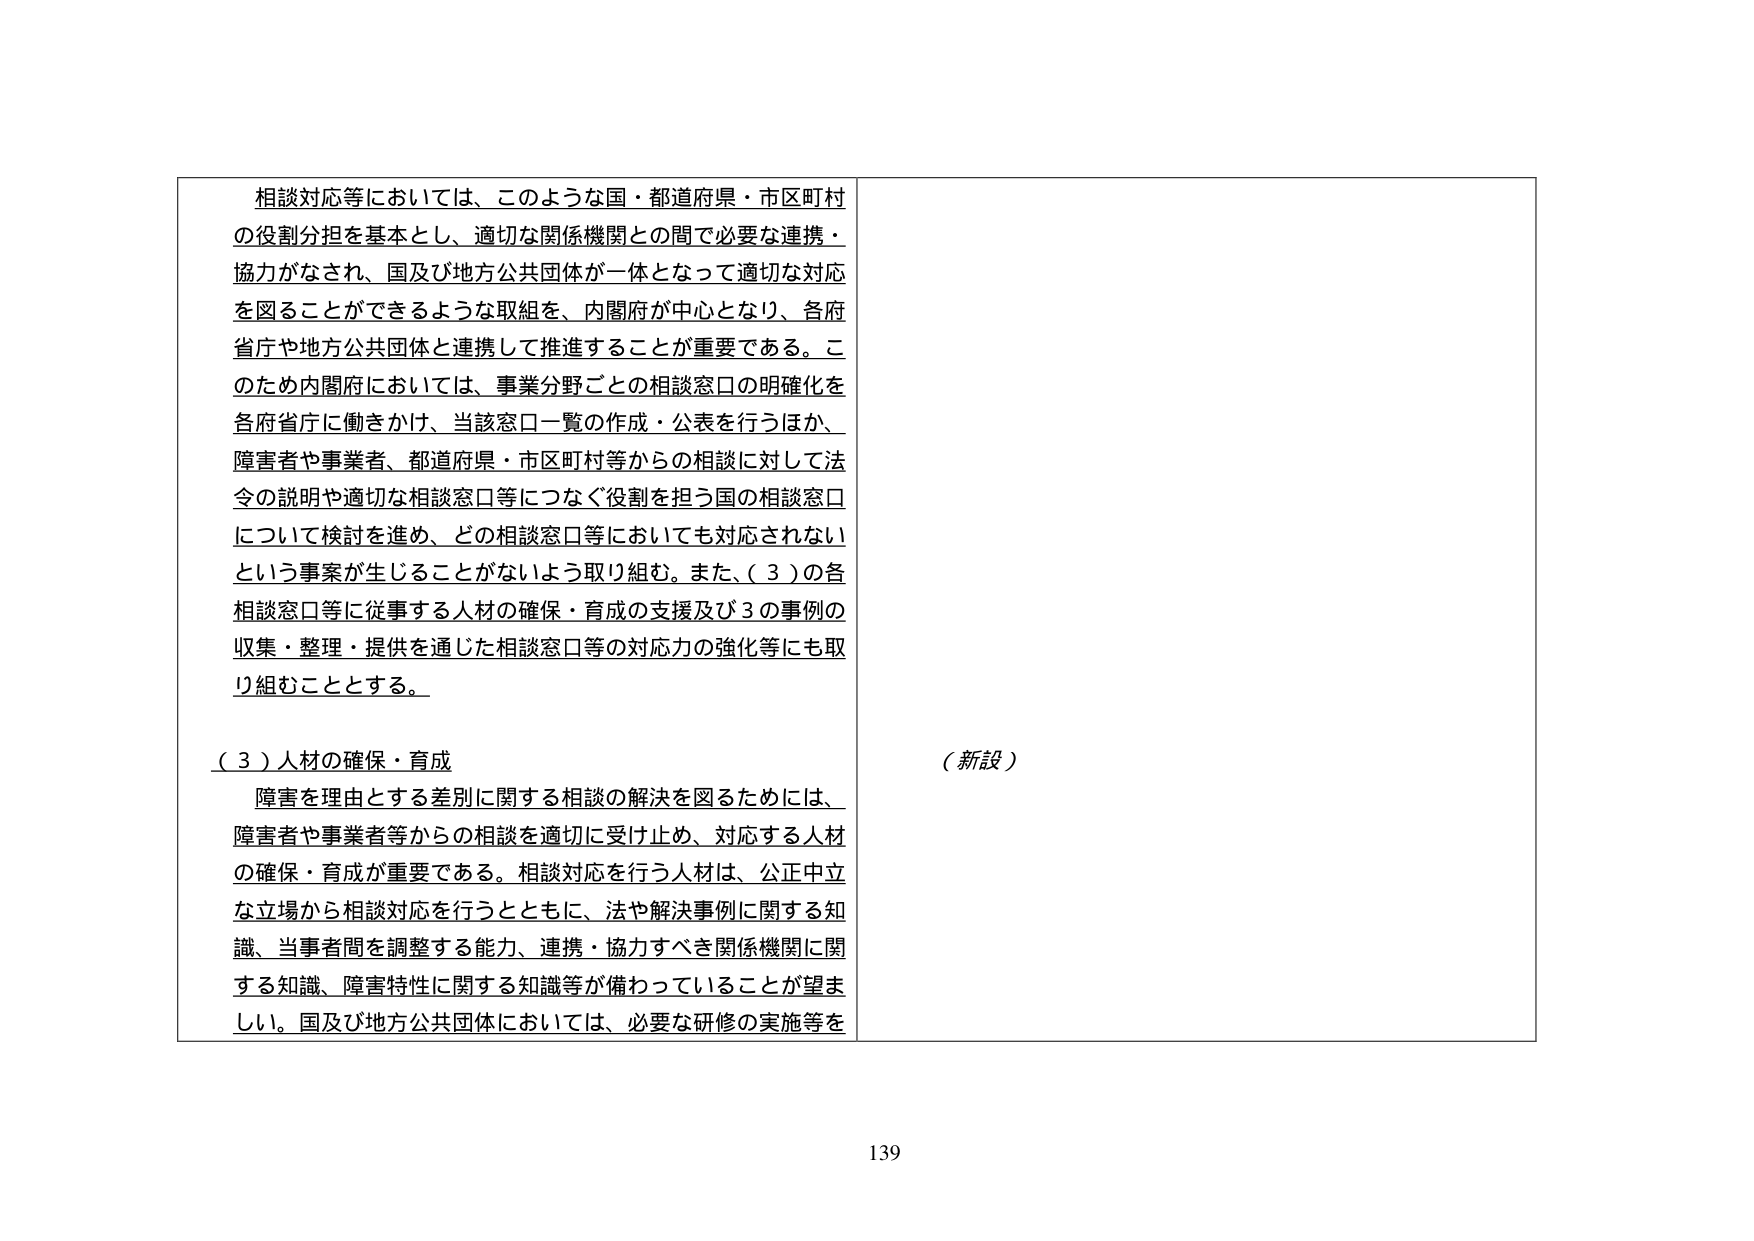
相談対応等においては、このような国・都道府県・市区町村の役割分担を基本とし、適切な関係機関との間で必要な連携・協力がなされ、国及び地方公共団体が一体となって適切な対応を図ることができるような取組を、内閣府が中心となり、各府省庁や地方公共団体と連携して推進することが重要である。このため内閣府においては、事業分野ごとの相談窓口の明確化を各府省庁に働きかけ、当該窓口一覧の作成・公表を行うほか、障害者や事業者、都道府県・市区町村等からの相談に対して法令の説明や適切な相談窓口等につなぐ役割を担う国の相談窓口について検討を進め、どの相談窓口等においても対応されないという事案が生じることがないよう取り組む。また、（３）の各相談窓口等に従事する人材の確保・育成の支援及び３の事例の収集・整理・提供を通じた相談窓口等の対応力の強化等にも取り組むこととする。

（３）人材の確保・育成
障害を理由とする差別に関する相談の解決を図るためには、障害者や事業者等からの相談を適切に受け止め、対応する人材の確保・育成が重要である。相談対応を行う人材は、公正中立な立場から相談対応を行うとともに、法や解決事例に関する知識、当事者間を調整する能力、連携・協力すべき関係機関に関する知識、障害特性に関する知識等が備わっていることが望ましい。国及び地方公共団体においては、必要な研修の実施等を

（新設）

139